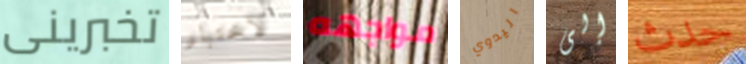
تخبرينى لاختبار مواجهه اليدوي إلى حدث